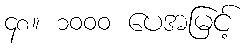
၄၈။ ၁၀၀၀ ပေအမြင့်